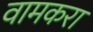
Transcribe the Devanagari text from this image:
वामकरा